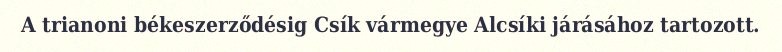
A trianoni békeszerződésig Csík vármegye Alcsíki járásához tartozott.